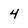
Character: 4